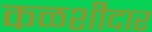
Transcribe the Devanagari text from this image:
कळशीदार